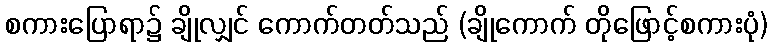
စကားပြောရာ၌ ချိုလျှင် ကောက်တတ်သည် (ချိုကောက် တိုဖြောင့်စကားပုံ)